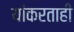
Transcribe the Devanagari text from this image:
यांकरताही